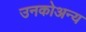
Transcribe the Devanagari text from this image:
उनकोअन्य